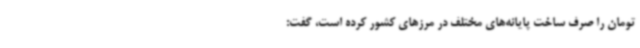
تومان را صرف ساخت پایانه‌های مختلف در مرزهای کشور کرده است، گفت: